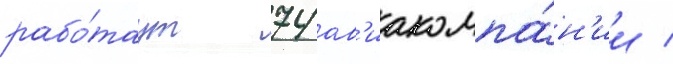
рабо́таут 74 ав'иакомпа́н'ии /